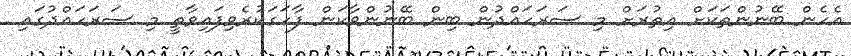
އެހެން ބޭނުންތަކަށް އިތުރަށް މި ސަރަހައްދުން ބިން ބޭނުންވާކަން ފާހަގަކުރެވިފައިވާތީ މި ސަރަހައްދުގައި